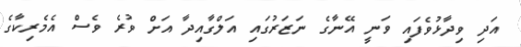
އަދި ވިދާޅުވެފައި ވަނީ އޭނާގެ ނަޒަރުގައި އަލްގާއިދާ އަށް ވުރެ ވެސް އެމެރިކާގެ